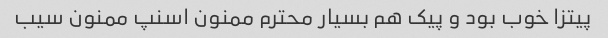
پیتزا خوب بود و پیک هم بسیار محترم ممنون اسنپ ممنون سیب